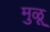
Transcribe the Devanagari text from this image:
मुळू